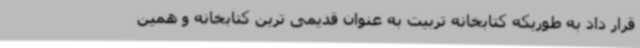
قرار داد به طوریکه کتابخانه تربیت به عنوان قدیمی ترین کتابخانه و همین